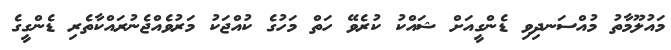
މައުލޫމާތު މުއްސަނދިވި ޑެންގީއަށް ޝައްކު ކުރެވޭ ހަތް މަހުގެ ކުއްޖަކު މަރުވެއްޖެނުރައްކާތެރި ޑެންގީގެ